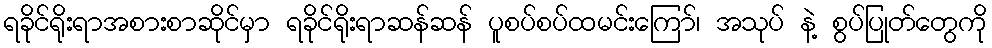
ရခိုင်ရိုးရာအစားစာဆိုင်မှာ ရခိုင်ရိုးရာဆန်ဆန် ပူစပ်စပ်ထမင်းကြော်၊ အသုပ် နဲ့ စွပ်ပြုတ်တွေကို